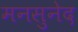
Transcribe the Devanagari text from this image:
मनसुनेद